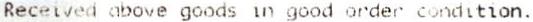
RECEIVED ABOVE GOODS IN GOOD ORDER CONDITION.